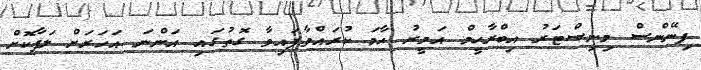
ފިނޭންސް މިނިސްޓަރު އިބްރާހީމް އަމީރު ހާމަ ކުރައްވާފައިވާ ގޮތުގައި އަންނަ އަހަރަށް ލަފާކޮށް